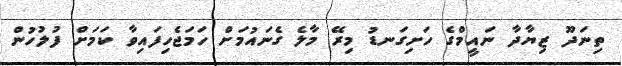
ތިނަދޫ ޒިޔާދާ ނައީމްގެ ހަށިގަނޑު މިރޭ މާލެ ގެނައުމަށް ހަމަޖެހިފައިވާ ކަމަށް ފުލުހުން